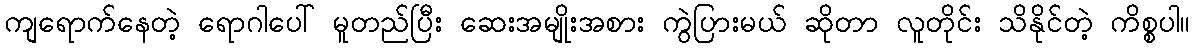
ကျရောက်နေတဲ့ ရောဂါပေါ် မူတည်ပြီး ဆေးအမျိုးအစား ကွဲပြားမယ် ဆိုတာ လူတိုင်း သိနိုင်တဲ့ ကိစ္စပါ။